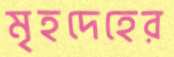
মৃহদেহের